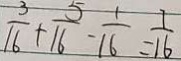
\frac { 3 } { 1 6 } + \frac { 5 } { 1 6 } - \frac { 1 } { 1 6 } = \frac { 1 } { 1 6 }